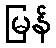
မြန်